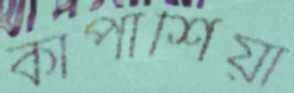
কাপাশিয়া